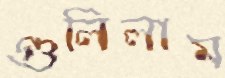
গুলিলাম